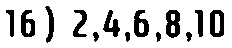
16) 2,4,6,8,10